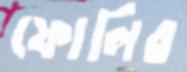
ফোলির